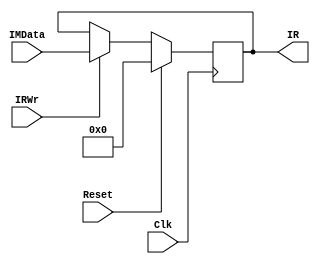
module IR(input Clk, Reset, 
          input [31:0] IMData, 
          input IRWr,
          output reg [31:0] IR);
    always @(posedge Clk)
       if(Reset)
          IR <= 32'b0;
       else
          if(IRWr)
             IR <= IMData;
endmodule